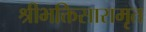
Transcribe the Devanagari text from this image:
श्रीभक्तिसारामृत